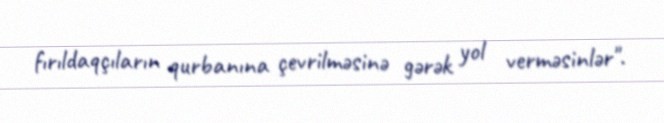
fırıldaqçıların qurbanına çevrilməsinə gərək yol verməsinlər".